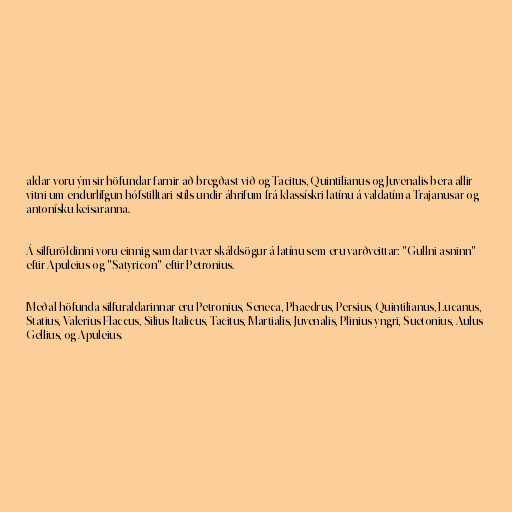
aldar voru ýmsir höfundar farnir að bregðast við og Tacitus, Quintilianus og Juvenalis bera allir
vitni um endurlífgun hófstilltari stíls undir áhrifum frá klassískri latínu á valdatíma Trajanusar og
antonísku keisaranna.

Á silfuröldinni voru einnig samdar tvær skáldsögur á latínu sem eru varðveittar: "Gullni asninn"
eftir Apuleius og "Satyricon" eftir Petronius.

Meðal höfunda silfuraldarinnar eru Petronius, Seneca, Phaedrus, Persius, Quintilianus, Lucanus,
Statius, Valerius Flaccus, Silius Italicus, Tacitus, Martialis, Juvenalis, Plinius yngri, Suetonius, Aulus
Gellius, og Apuleius.